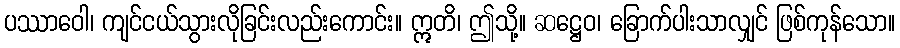
ပဿာဝေါ၊ ကျင်ငယ်သွားလိုခြင်းလည်းကောင်း။ ဣတိ၊ ဤသို့။ ဆဋ္ဌေဝ၊ ခြောက်ပါးသာလျှင် ဖြစ်ကုန်သော။